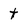
Character: t